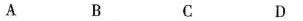
A B C D